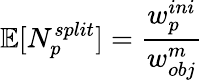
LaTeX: \mathbb{E}[N_{p}^{split}]=\frac{w_{p}^{ini}}{w_{obj}^{m}}